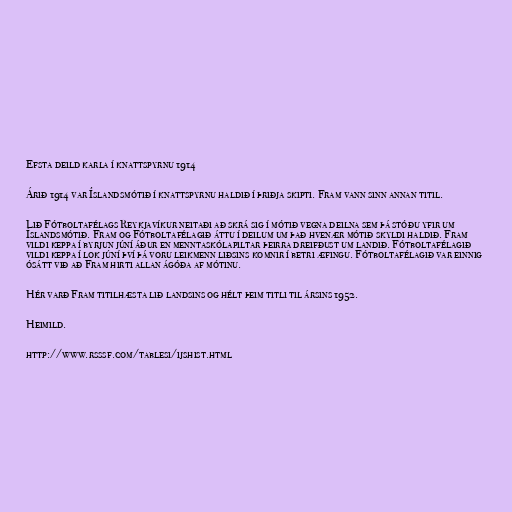
Efsta deild karla í knattspyrnu 1914

Árið 1914 var Íslandsmótið í knattspyrnu haldið í þriðja skipti. Fram vann sinn annan titil.

Lið Fótboltafélags Reykjavíkur neitaði að skrá sig í mótið vegna deilna sem þá stóðu yfir um
Íslandsmótið. Fram og Fótboltafélagið áttu í deilum um það hvenær mótið skyldi haldið. Fram
vildi keppa í byrjun júní áður en menntaskólapiltar þeirra dreifðust um landið. Fótboltafélagið
vildi keppa í lok júní því þá voru leikmenn liðsins komnir í betri æfingu. Fótboltafélagið var einnig
ósátt við að Fram hirti allan ágóða af mótinu.

Hér varð Fram titilhæsta lið landsins og hélt þeim titli til ársins 1952.

Heimild.

http://www.rsssf.com/tablesi/ijshist.html